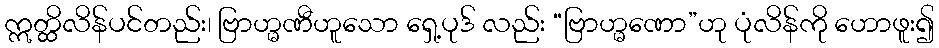
ဣတ္ထိလိန်ပင်တည်း၊ ဗြာဟ္မဏီဟူသော ရှေ့ပုဒ် လည်း “ဗြာဟ္မဏော”ဟု ပုံလိန်ကို ဟောဖူး၍